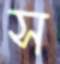
স